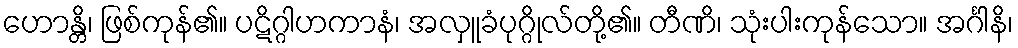
ဟောန္တိ၊ ဖြစ်ကုန်၏။ ပဋိဂ္ဂါဟကာနံ၊ အလှူခံပုဂ္ဂိုလ်တို့၏။ တီဏိ၊ သုံးပါးကုန်သော။ အင်္ဂါနိ၊